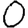
Digit: 0